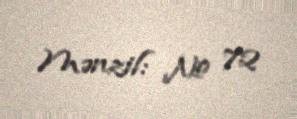
Mənzil: № 72